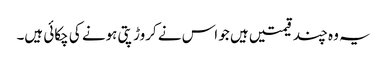
یہ وہ چند قیمتیں ہیں جو اس نے کروڑ پتی ہونے کی چکائی ہیں۔